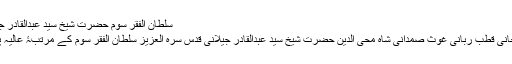
سلطان الفقر سوم حضرت شیخ سیّد عبدالقادر جیلانی رضی اللہ عنہ
حضرت محبوبِ سبحانی قطبِ ربانی غوثِ صمدانی شاہ محی الدین حضرت شیخ سیّد عبدالقادر جیلانی قدس سرہٗ العزیز سلطان الفقر سوم کے مرتبۂ عالیہ پر فائز و متمکن ہیں۔